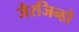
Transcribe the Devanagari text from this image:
जैरजिन्हो